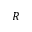
R